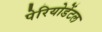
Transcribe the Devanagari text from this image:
पेरियोडेंटल